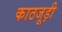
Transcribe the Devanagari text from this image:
काठजूड़ी